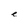
Character: e